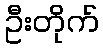
ဦးတိုက်